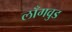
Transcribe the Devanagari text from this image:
लाँगवुड